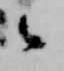
々